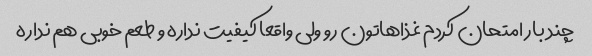
چند بار امتحان کردم غذاهاتون رو ولی واقعا کیفیت نداره و طعم خوبی هم نداره